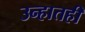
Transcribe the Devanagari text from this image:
उन्हातही